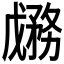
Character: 𱐷